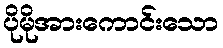
ပိုမိုအားကောင်းသော